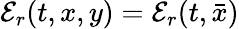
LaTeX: {\mathcal E}_{r}(t,x,y)={\mathcal E}_{r}(t,\bar{x})